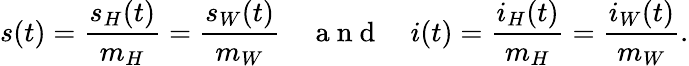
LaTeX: s(t)=\frac{s_{H}(t)}{m_{H}}=\frac{s_{W}(t)}{m_{W}}\quad\mathrm{~a~n~d~}\quad i(t)=\frac{i_{H}(t)}{m_{H}}=\frac{i_{W}(t)}{m_{W}}.